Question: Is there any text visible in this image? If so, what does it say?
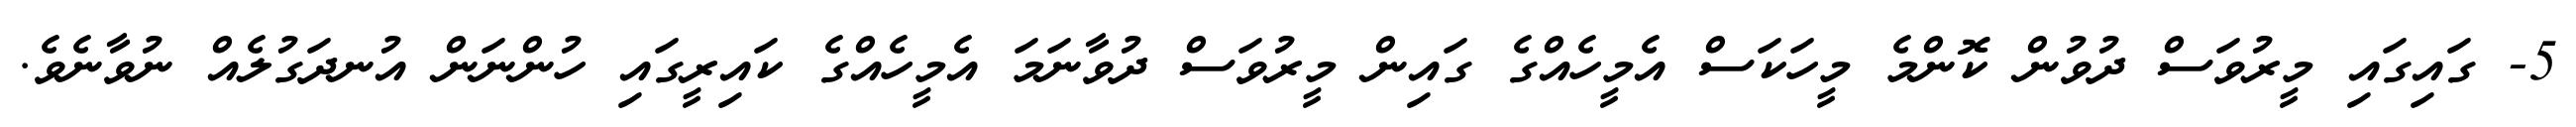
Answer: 5- ގައިގައި މީރުވަސް ދުވުން ކޮންމެ މީހަކަސް އެމީހެއްގެ ގައިން މީރުވަސް ދުވާނަމަ އެމީހެއްގެ ކައިރީގައި ހުންނަން އުނދަގުލެއް ނުވާނެވެ.